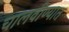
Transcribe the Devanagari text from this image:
चालवीण्यात